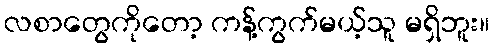
လစာတွေကိုတော့ ကန့်ကွက်မယ့်သူ မရှိဘူး။